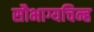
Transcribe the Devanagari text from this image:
सौभाग्यचिन्ह